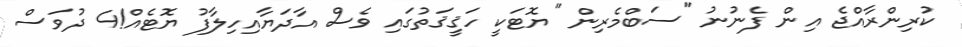
ކުރިންރާއްޖެ އިން ފެނުނު "ސަބްމެރިން" ޔޮޓަކީ ހަޤީޤަތުގައި ވެސް އާދަޔާއިހިލާފު ޔޮޓެއް!4 ދުވަސް